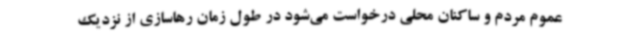
عموم مردم و ساکنان محلی درخواست می‌شود در طول زمان رهاسازی از نزدیک